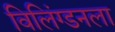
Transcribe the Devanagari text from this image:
विलिंग्डनला